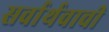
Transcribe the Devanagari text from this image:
सर्वार्थवाची